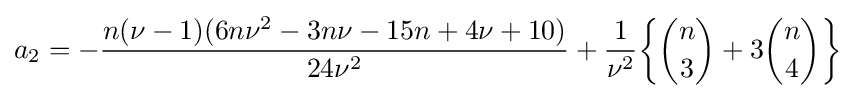
a_{2}=-{\frac {n(\nu -1)(6n\nu ^{2}-3n\nu -15n+4\nu +10)}{24\nu ^{2}}}+{\frac {1}{\nu ^{2}}}{\bigg \{}{\binom {n}{3}}+3{\binom {n}{4}}{\bigg \}}